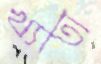
খ্যাতা